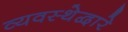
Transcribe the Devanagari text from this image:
व्यवस्थेद्वारे